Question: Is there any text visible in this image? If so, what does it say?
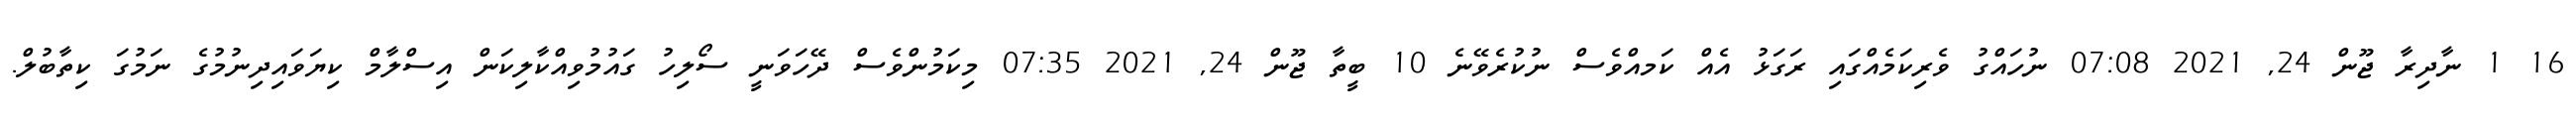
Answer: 16 1 ނާދިރާ ޖޫން 24, 2021 07:08 ނުހައްގު ވެރިކަމެއްގައި ރަގަޅު އެއް ކަމއްވެސް ނުކުރެވޭނެ 10 ބީތާ ޖޫން 24, 2021 07:35 މިކަމުންވެސް ދޭހަވަނީ ސޯލިހު ގައުމުވިއްކާލިކަން އިސްލާމް ކިޔަވައިދިނުމުގެ ނަމުގަ ކިތާބުލް.